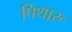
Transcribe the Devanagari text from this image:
पिथारू